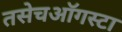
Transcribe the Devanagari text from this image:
तसेचऑगस्टा